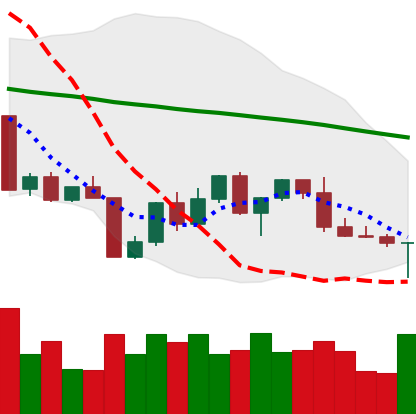
Ticker: LTC-USD
Chart end date: 2022-04-25
Forward return: -8.139%
Label: down_7plus